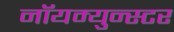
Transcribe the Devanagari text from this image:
नॉयम्युन्स्टर